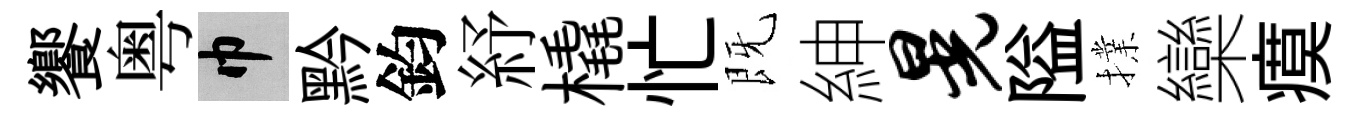
饗粤巾黔鈞紓橇忙既紳晃隘擈欒瘼